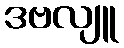
ဒဗလျူ